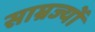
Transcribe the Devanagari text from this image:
साम्रज्यों